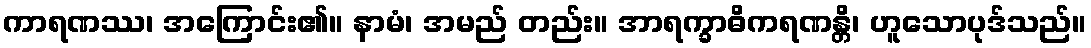
ကာရဏဿ၊ အကြောင်း၏။ နာမံ၊ အမည် တည်း။ အာရက္ခာဓိကရဏန္တိ၊ ဟူသောပုဒ်သည်။